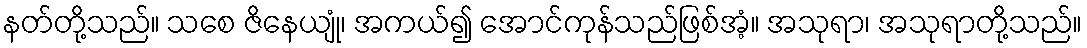
နတ်တို့သည်။ သစေ ဇိနေယျုံ၊ အကယ်၍ အောင်ကုန်သည်ဖြစ်အံ့။ အသုရာ၊ အသုရာတို့သည်။